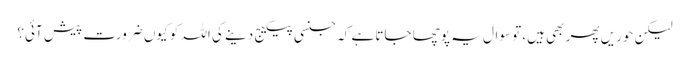
لیکن حوریں پھر بھی ہیں، تو سوال یہ پوچھا جاتا ہے کہ جنسی پیکیج دینے کی اللہ کو کیوں ضرورت پیش آئی؟